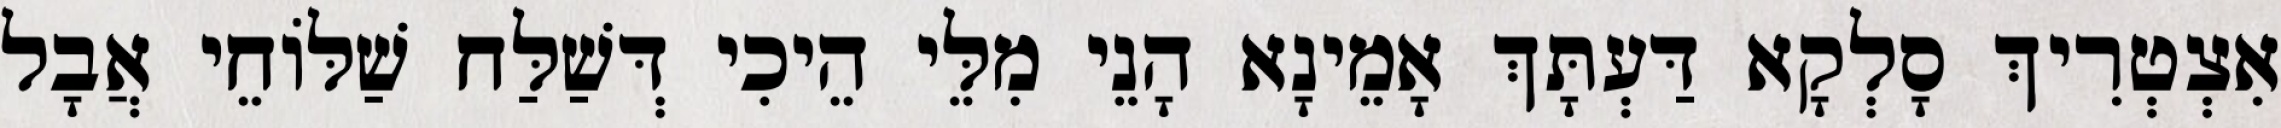
אִצְטְרִיךְ סָלְקָא דַּעְתָּךְ אָמֵינָא הָנֵי מִלֵּי הֵיכִי דְּשַׁלַּח שַׁלּוֹחֵי אֲבָל